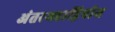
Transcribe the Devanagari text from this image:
अंतरमहाद्विपीय